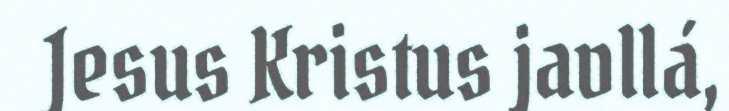
Jesus Kristus javllá,